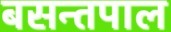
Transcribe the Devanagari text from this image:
बसन्तपाल